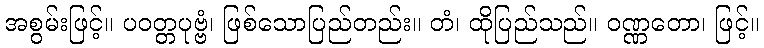
အစွမ်းဖြင့်။ ပဝတ္တပုဗ္ဗံ၊ ဖြစ်သောပြည်တည်း။ တံ၊ ထိုပြည်သည်။ ဝဏ္ဏတော၊ ဖြင့်။